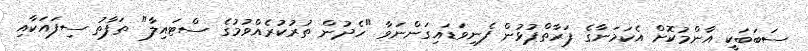
ސަބަބަކީ އާންމުކޮށް އެކަމަނާގެ ފަރާތްޕުޅުން ފެނިވަޑައިގަންނަވާ "ހެދުން ތުރުކުރެއްވުމުގެ ސްޓައިލާ" ތަފާތު ސިފައަކާއި